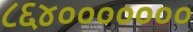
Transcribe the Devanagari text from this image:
८६४०००००००